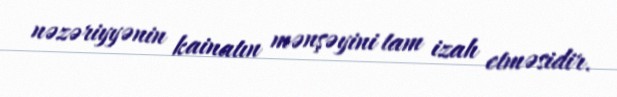
nəzəriyyənin kainatın mənşəyini tam izah etməsidir.